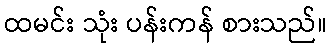
ထမင်း သုံး ပန်းကန် စားသည်။